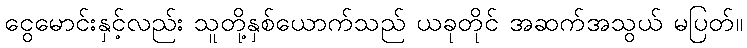
ငွေမောင်းနှင့်လည်း သူတို့နှစ်ယောက်သည် ယခုတိုင် အဆက်အသွယ် မပြတ်။